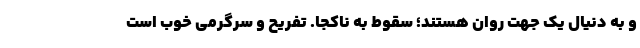
و به دنیال یک جهت روان هستند؛ سقوط به ناکجا. تفریح و سرگرمی خوب است